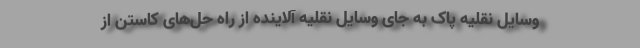
وسایل نقلیه پاک به جای وسایل نقلیه آلاینده از راه حل‌های کاستن از